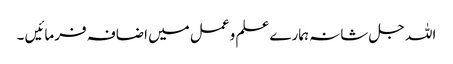
اللہ جل شانہ ہمارے علم و عمل میں اضافہ فرمائیں ۔